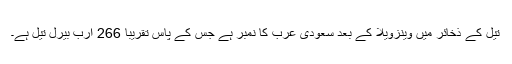
تیل کے ذخائر میں وینزویلا کے بعد سعودی عرب کا نمبر ہے جس کے پاس تقریباً 266 ارب بیرل تیل ہے۔